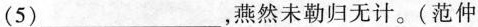
(5)___，燕然未勒归无计。(范仲